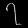
Digit: ၇